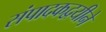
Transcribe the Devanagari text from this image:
संपादकद्वयीने